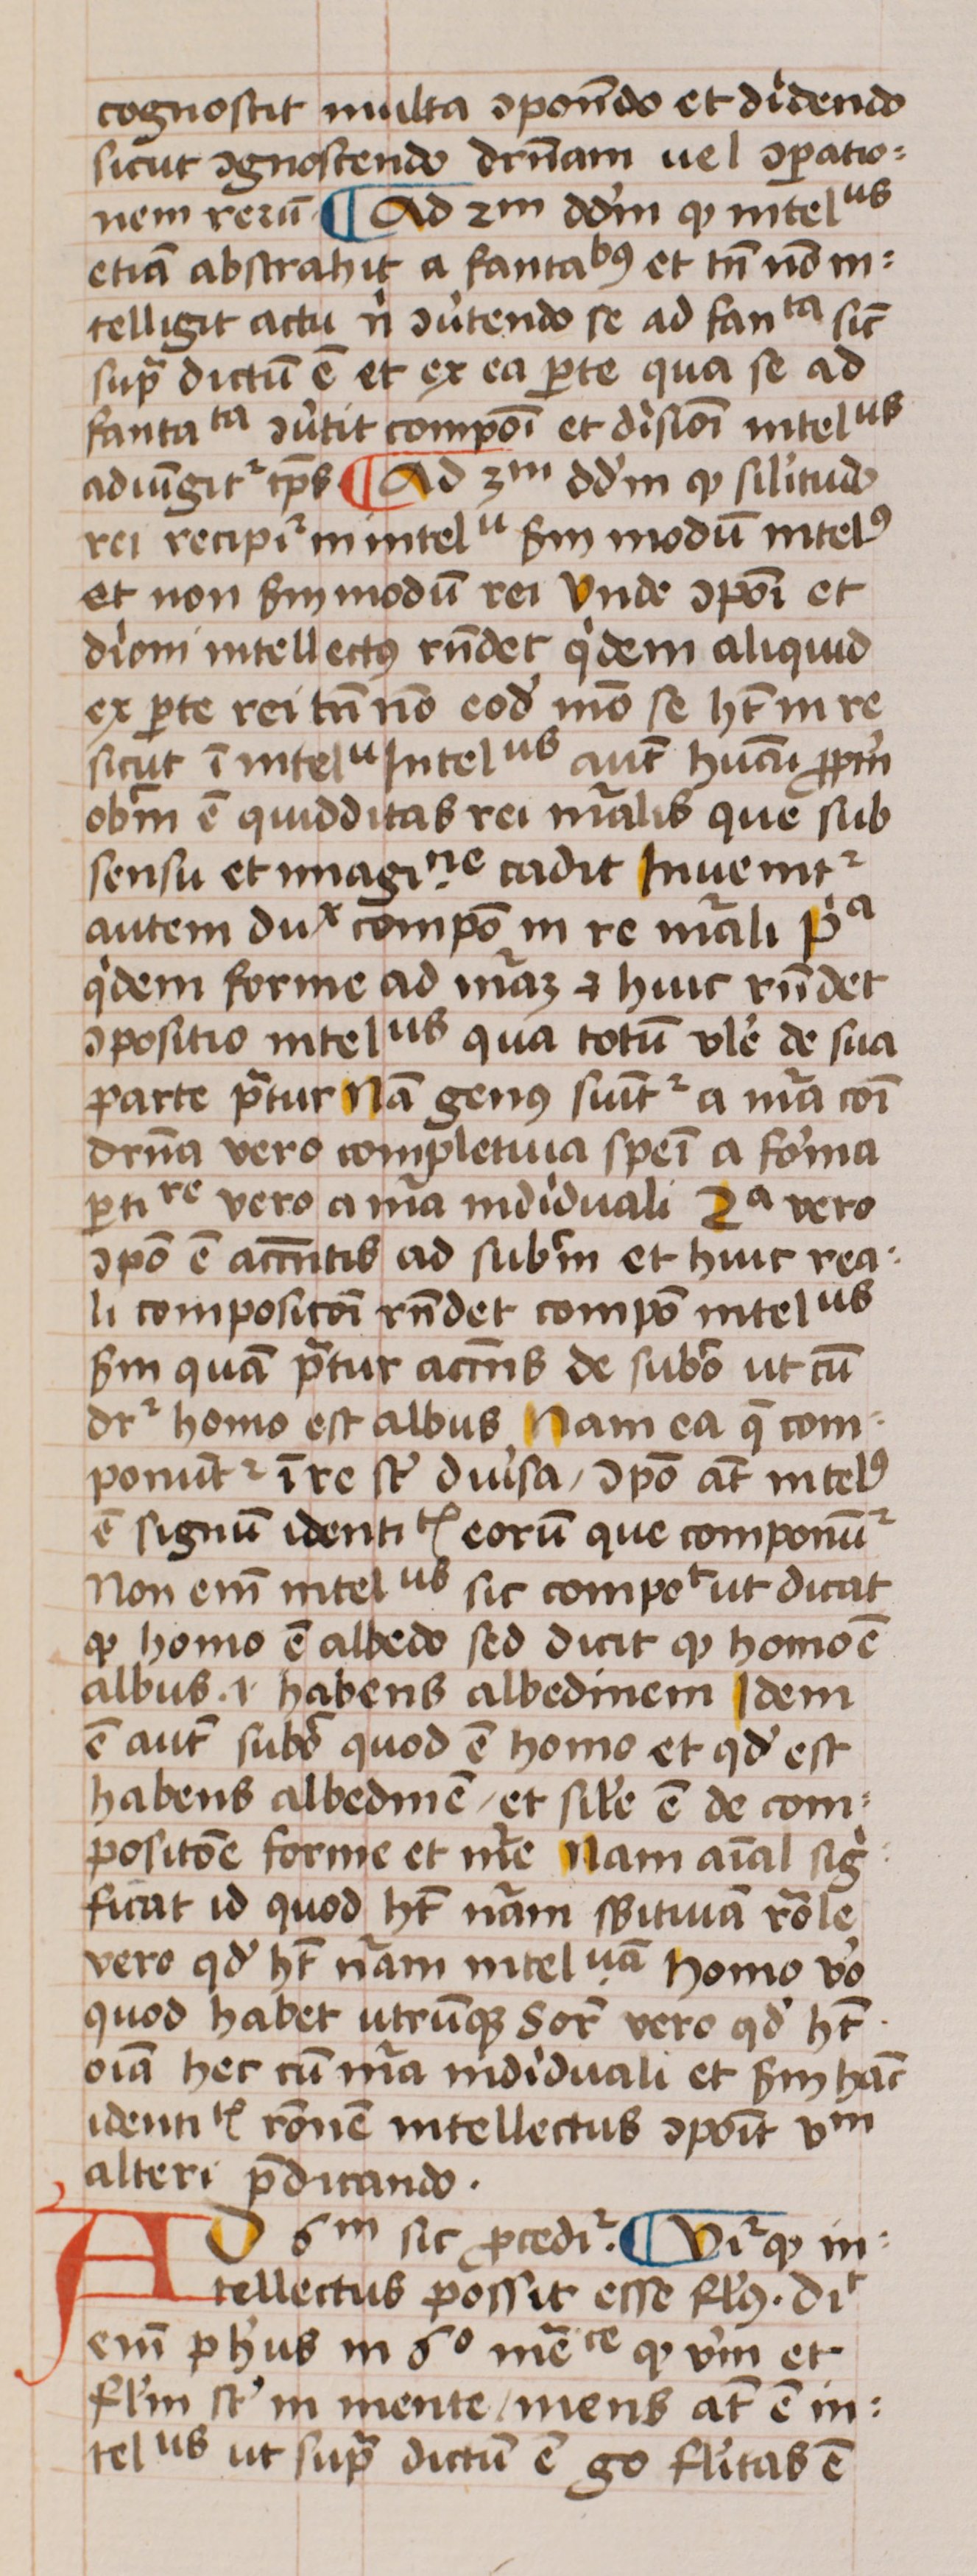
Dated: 1450–1474